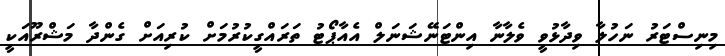
މިނިސްޓަރު ނަހުލާ ވިދާޅުވީ ވެލާނާ އިންޓަނޭޝަނަލް އެއާޕޯޓު ތަރައްގީކުރުމަށް ކުރިއަށް ގެންދާ މަޝްރޫއަކީ